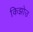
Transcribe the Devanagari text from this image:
किझोउ